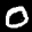
Label: 0